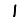
Digit: 1